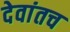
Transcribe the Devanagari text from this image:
देवांतच